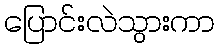
ပြောင်းလဲသွားကာ